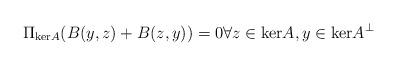
LaTeX: \begin{align*} \Pi_{\mathrm{ker}A} (B(y,z) + B(z,y)) = 0 \forall z \in \mathrm{ker}A, y \in \mathrm{ker}A^\perp\end{align*}